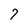
Character: 7